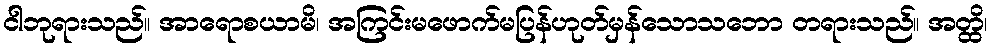
ငါဘုရားသည်။ အာရောစယာမိ၊ အကြင်းမဖောက်မပြန်ဟုတ်မှန်သောသဘော တရားသည်။ အတ္ထိ၊